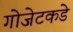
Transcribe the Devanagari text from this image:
गोजेटकडे